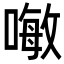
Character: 𠽊